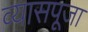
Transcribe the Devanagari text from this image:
व्यासपूजा